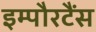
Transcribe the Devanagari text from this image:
इम्पौरटैंस